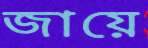
জায়ে